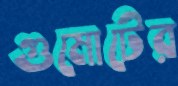
গুমোটের